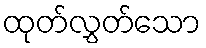
ထုတ်လွှတ်သော